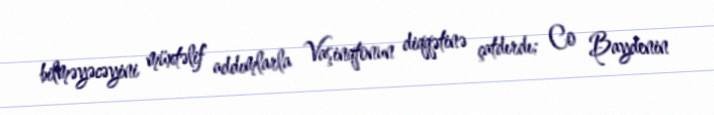
bilməyəcəyini müxtəlif addımlarla Vaşinqtonun diqqətinə çatdırdı; Co Baydenin